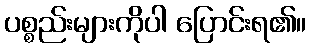
ပစ္စည်းများကိုပါ ပြောင်းရ၏။